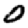
Digit: 0